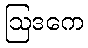
ဩဒကေ